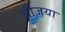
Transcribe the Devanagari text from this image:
वीजया